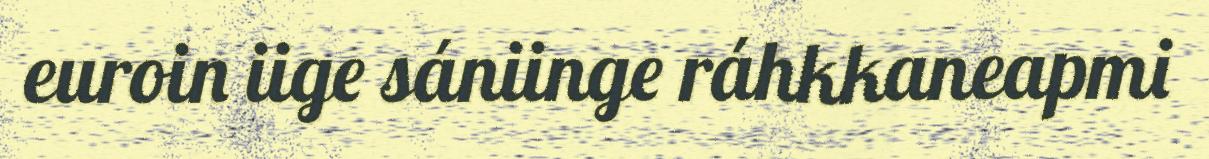
euroin iige sániinge ráhkkaneapmi